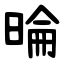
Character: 㫻